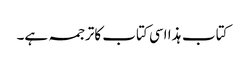
کتاب ہذا اسی کتاب کاترجمہ ہے۔